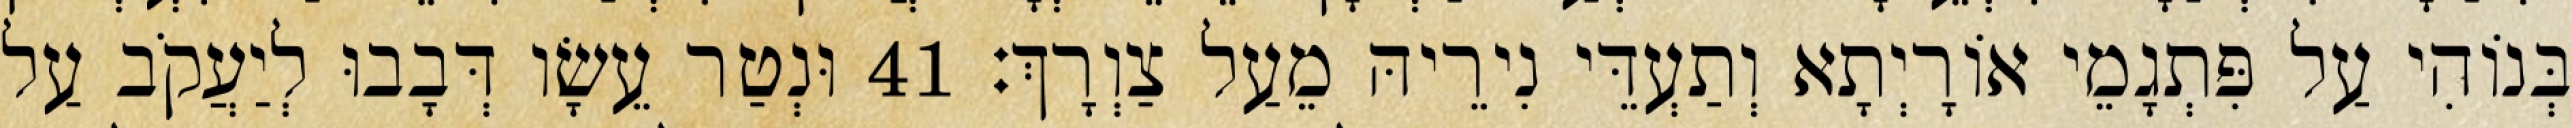
בְּנוֹהִי עַל פִּתְגָמֵי אוֹרָיְתָא וְתַעְדֵּי נִירֵיהּ מֵעַל צַוְרָךְ׃ 41 וּנְטַר עֵשָׂו דְּבָבוּ לְיַעֲקֹב עַל